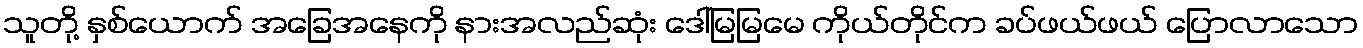
သူတို့ နှစ်ယောက် အခြေအနေကို နားအလည်ဆုံး ဒေါ်မြမြမေ ကိုယ်တိုင်က ခပ်ဖယ်ဖယ် ပြောလာသော